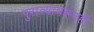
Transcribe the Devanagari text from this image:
पुराव्यावरूनही